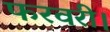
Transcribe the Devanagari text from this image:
फरवरी।